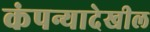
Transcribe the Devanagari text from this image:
कंपन्यादेखील